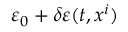
\varepsilon _ { 0 } + \delta \varepsilon ( t , x ^ { i } )